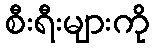
စီးရီးများကို